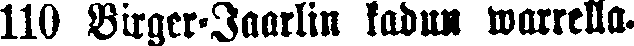
110 Bilger-Jaarlin kadun warrella.